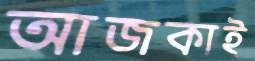
আজকাই